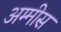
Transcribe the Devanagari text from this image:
अम्मीस